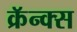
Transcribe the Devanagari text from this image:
क्रॅन्क्स